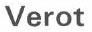
Verot